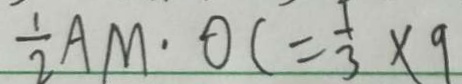
\frac { 1 } { 2 } A M \cdot O C = \frac { 1 } { 3 } \times 9